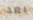
بعد